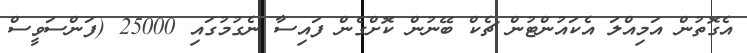
އެގޮތުން އަމިއްލަ އެކައުންޓުން ޗެކް ބޭނުން ކޮށްގެން ފައިސާ ނެގުމުގައި 25000 (ފަންސަވީސް